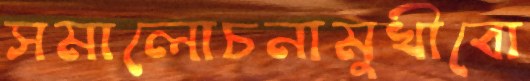
সমালোচনামুখীবো